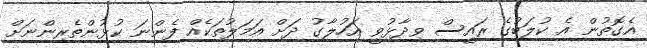
އެގޮތުން އެ ކުލަބުގެ ރައީސް ވިދާޅުވީ އަހުލާގު ދަށް އަމަލުތަކެއް ފެންނަ ކުޅުންތެރިންނަށް